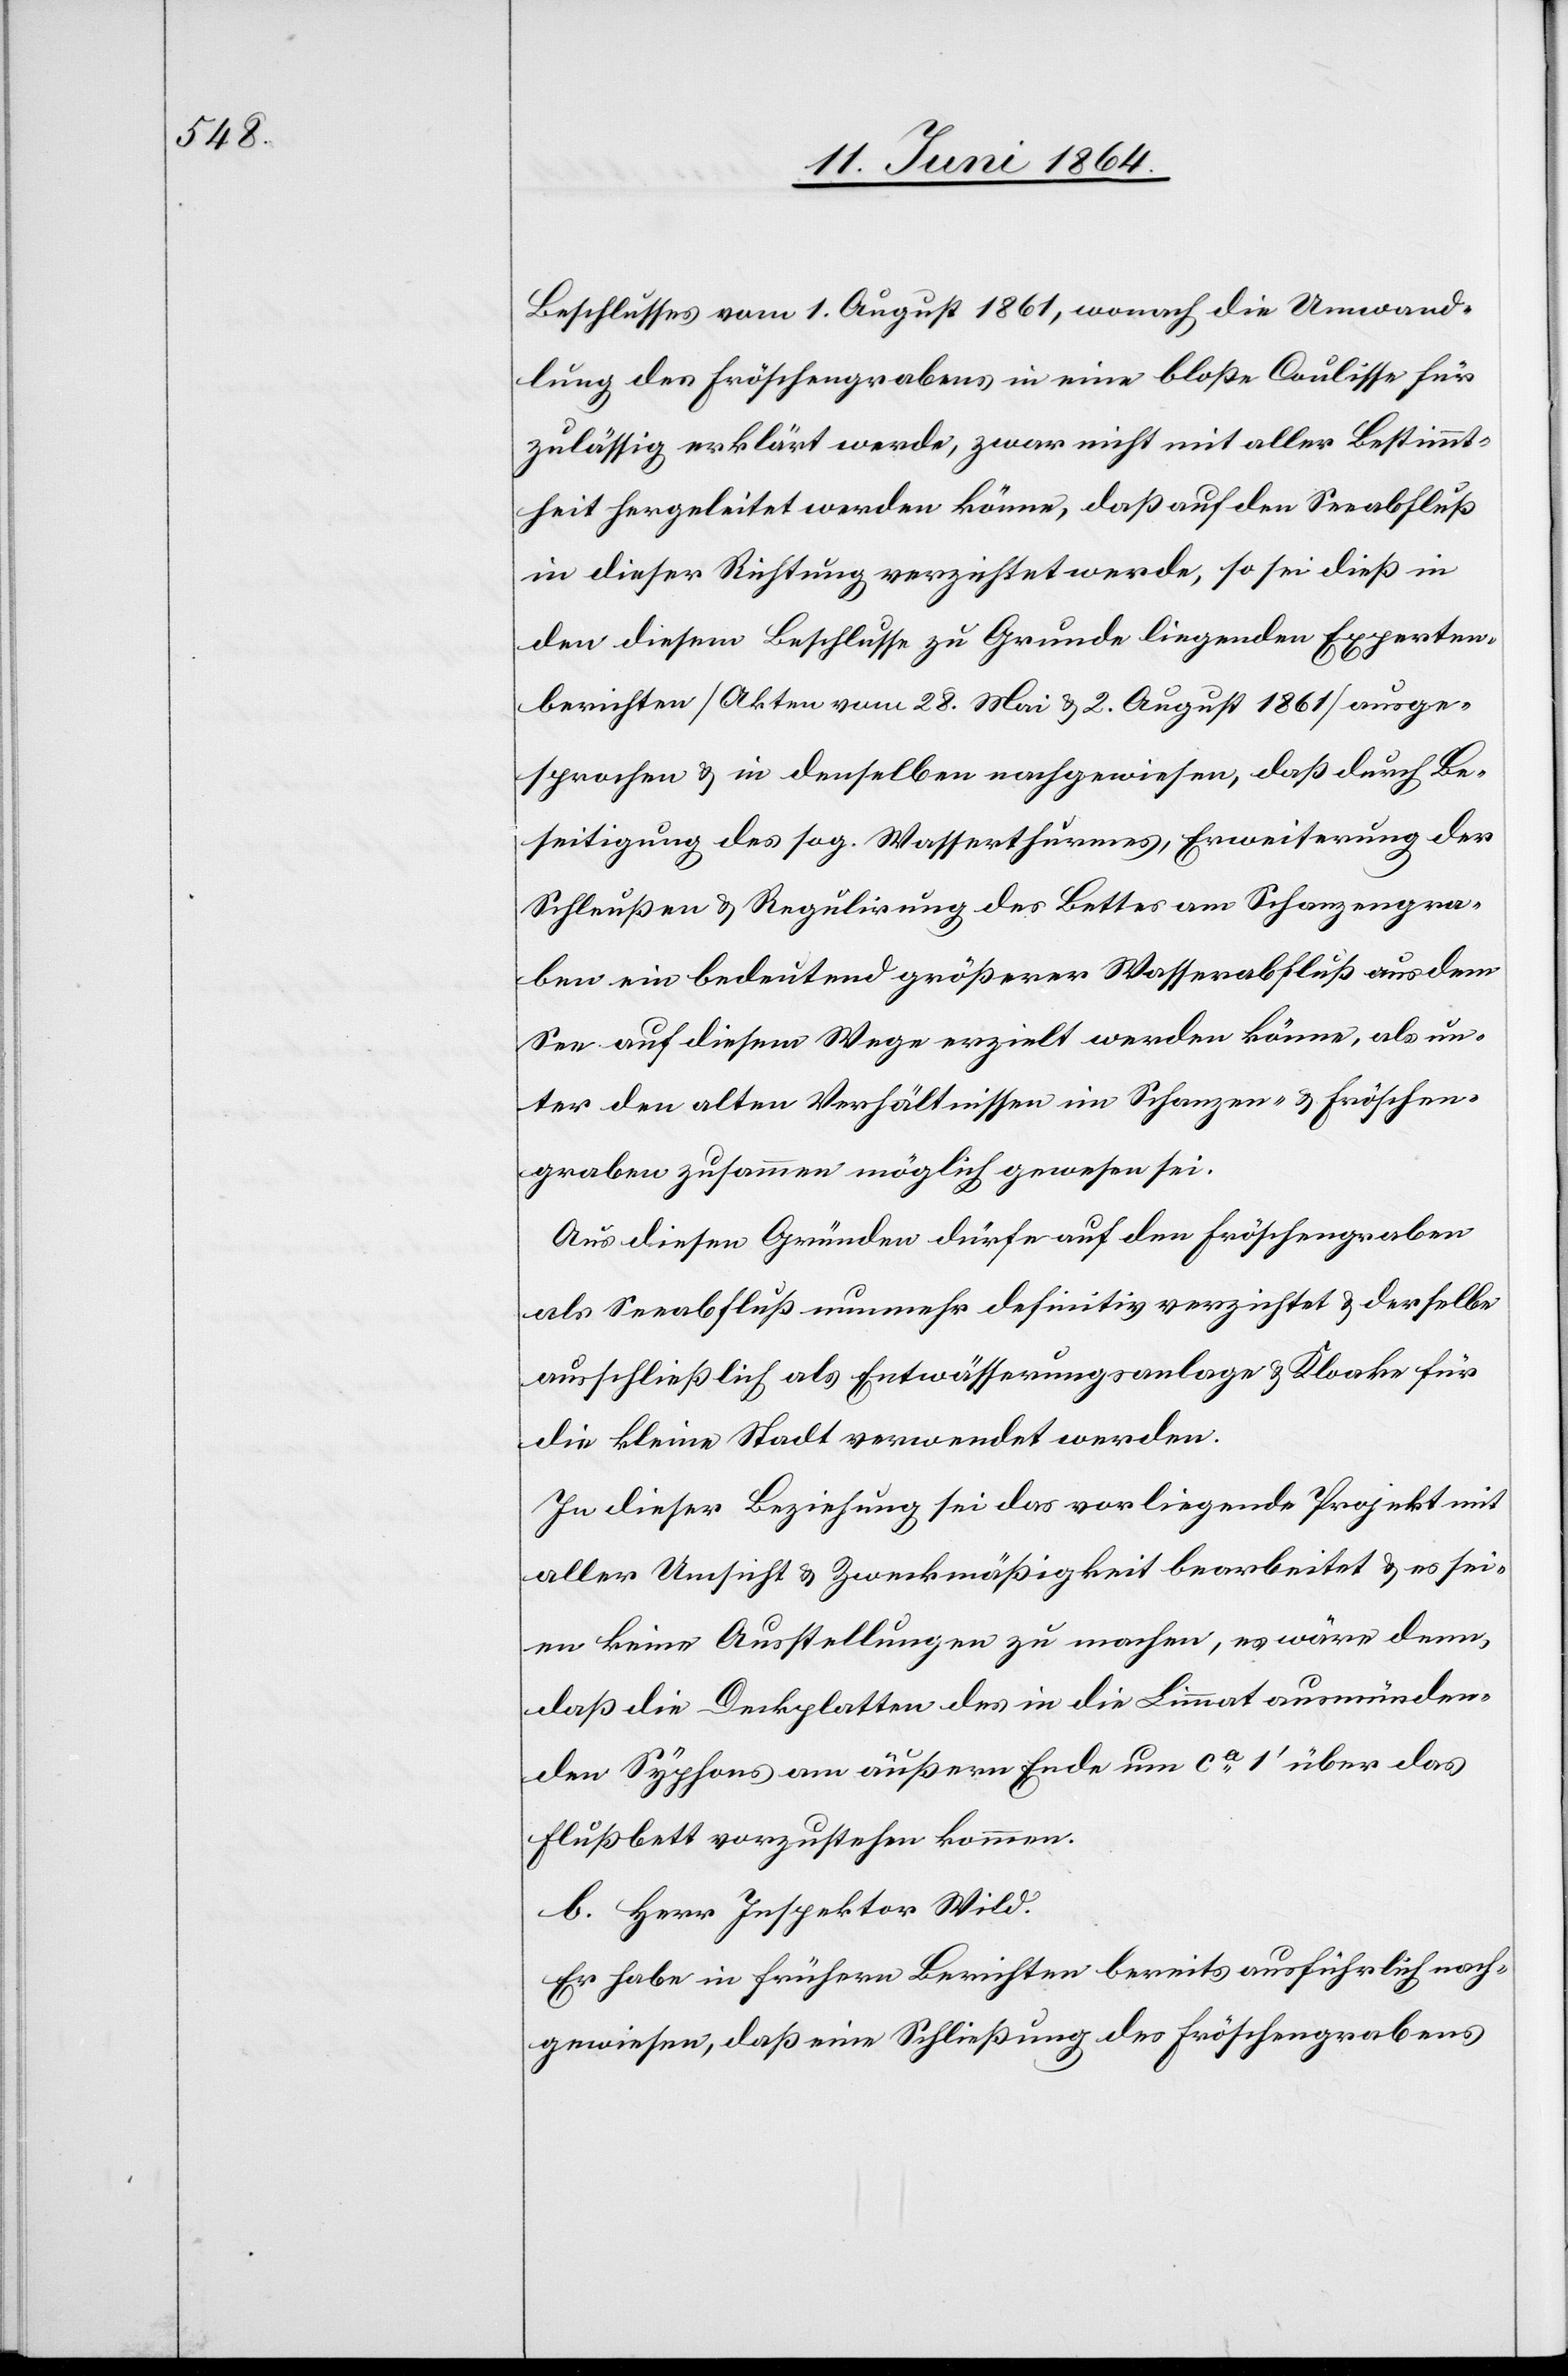
Beschlusses vom 1. August 1861, wonach die Umwand¬
lung des Fröschengrabens in eine bloße Coulisse für
zulässig erklärt werde, zwar nicht mit aller Bestimmt¬
heit hergeleitet werden könne, daß auf den Seeabfluß
in dieser Richtung verzichtet werde, so sei dieß in
den diesem Beschlusse zur Grunde liegenden Experten¬
berichten [Akten vom 28. Mai u. 2. August 1861] ausge¬
sprochen u. in denselben nachgewiesen, daß durch Be¬
seitigung des sog. Wasserthurmes, Erweiterung der
Schleußen u. Regulirung des Bettes am Schanzengra¬
ben ein bedeutend größerer Wasserabfluß aus dem
See auf diesem Wege erzielt werden könne, als un¬
ter den alten Verhältnissen im Schanzen- u. Fröschen¬
graben zusammen möglich gewesen sei.
Aus diesen Gründen dürfe auf den Fröschengraben
als Seeabfluß nunmehr definitiv verzichtet u. derselbe
ausschließlich als Entwässerungsanlage u. Kloake für
die kleine Stadt verwendet werden.
In dieser Beziehung sei das vorliegende Projekt mit
aller Umsicht u. Zweckmäßigkeit bearbeitet u. es sei¬
en keine Ausstellungen zu machen, es wäre denn,
daß die Deckplatten des in die Limmat ausmünden¬
den Syphons am äußeren Ende um ca 1’ über das
Flußbett vorzustehen kommen.
b. Herr Inspektor Wild.
Er habe in frühern Berichten bereits ausführlich nach¬
gewiesen, daß eine Schließung des Fröschengrabens